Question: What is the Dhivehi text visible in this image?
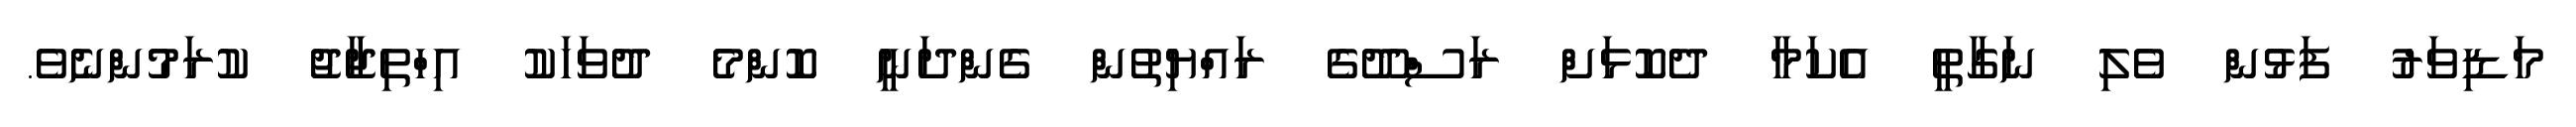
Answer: މަޑިވަރު ފަޅުން ވެލި ނަގާތީ އެކަމާ ދެކޮޅަށް ރަސްދޫގެ ރައްޔިތުން ގެންދަނީ ކޮންމެ ދުވަހަކު އިހްތިޖާޖު ކުރަމުންނެވެ.